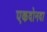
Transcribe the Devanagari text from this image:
एकदोनदा